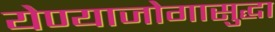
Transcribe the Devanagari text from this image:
येण्याजोगासुद्धा